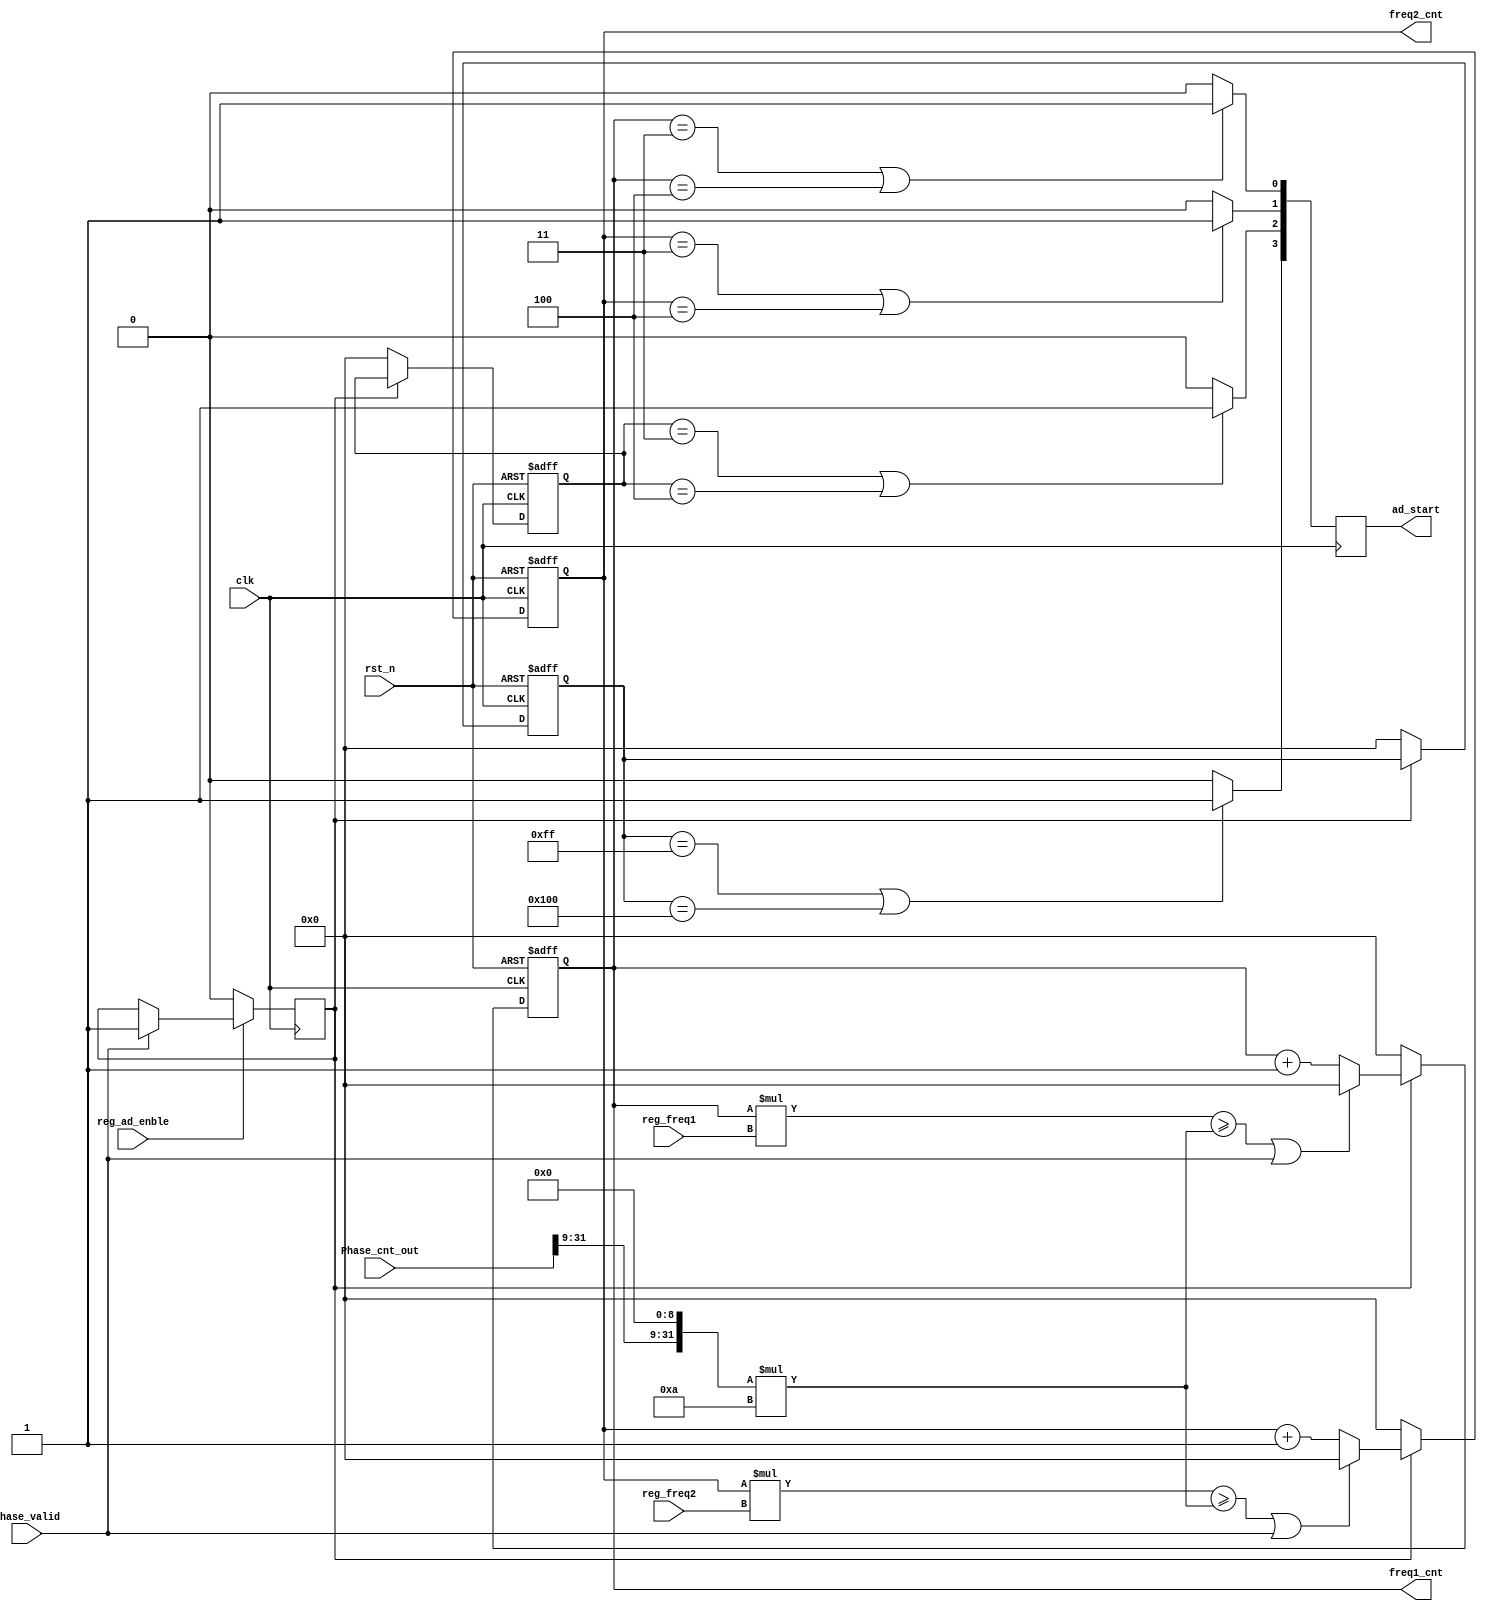
module AD_CTL(
	input				clk				,
	input				rst_n			,
	input          Phase_valid ,
	input          reg_ad_enble,
		
	input		[15:0]	reg_freq1		,
	input		[15:0]	reg_freq2		,
	//input		[15:0]	reg_freq3		,
	//input		[15:0]	reg_freq4		,
	
	input		[31:0]	Phase_cnt_out	,
	
	output	reg [4:1]	ad_start,
	output  [31:00]     freq1_cnt,
	output  [31:00]     freq2_cnt
);

reg                  tans_latch = 'b0;
always@(posedge clk)
  if(!reg_ad_enble)
	   tans_latch <= 'b0;
  else if(Phase_valid)
     tans_latch  <= 'b1;
  else
     tans_latch  <= tans_latch;

reg			[31:0]	freq1_cnt =1'b0;
reg			[31:0]	freq2_cnt =1'b0;
reg			[31:0]	freq3_cnt =1'b0;
reg			[31:0]	freq4_cnt =1'b0;

wire		[35:0]	Phase_cnt;	

assign		Phase_cnt = {Phase_cnt_out[31:9],9'b0} * 32'd10;
always@(posedge clk,negedge rst_n)
	if(!rst_n) begin
			freq1_cnt <=1'b0;
			freq2_cnt <=1'b0;
			freq3_cnt <=1'b0;
			freq4_cnt <=1'b0;	end
	else if(tans_latch)
   	begin
		if((freq1_cnt * reg_freq1 >= Phase_cnt) || Phase_valid)
			freq1_cnt <= 1'b0;
		else
			freq1_cnt <= freq1_cnt + 1'b1;
		if((freq2_cnt * reg_freq2 >= Phase_cnt) || Phase_valid)
			freq2_cnt <= 1'b0;
		else
			freq2_cnt <= freq2_cnt + 1'b1;
		/*if((freq3_cnt * reg_freq3 >= Phase_cnt)|| Phase_valid)
			freq3_cnt <= 1'b0;
		else
			freq3_cnt <= freq3_cnt + 1'b1;
		if((freq4_cnt * reg_freq4 >= Phase_cnt) ||Phase_valid)
			freq4_cnt <= 1'b0;
		else
			freq4_cnt <= freq4_cnt + 1'b1;*/
	end	
	   else begin
			freq1_cnt <=1'b0;
			freq2_cnt <=1'b0;
			freq3_cnt <=1'b0;
			freq4_cnt <=1'b0;	end
		
		
		
		
		
always@(posedge clk) begin
		if(freq1_cnt == 32'd3 || freq1_cnt == 32'd4)begin
		  
			ad_start[1]	<= 1'b1;
			  end
		else begin
			ad_start[1]	<= 1'b0;
			 end
			
 		if(freq2_cnt == 32'd3 || freq2_cnt == 32'd4)
			ad_start[2]	<= 1'b1;
		else
			ad_start[2]	<= 1'b0; 
		
		if(freq3_cnt == 32'd3 || freq3_cnt == 32'd4)
			ad_start[3]	<= 1'b1;
		else
			ad_start[3]	<= 1'b0;
			
		if(freq4_cnt == 32'd255 || freq4_cnt == 32'd256)
			ad_start[4]	<= 1'b1;
		else
			ad_start[4]	<= 1'b0;
	end	
		
		
endmodule